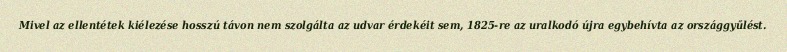
Mivel az ellentétek kiélezése hosszú távon nem szolgálta az udvar érdekéit sem, 1825-re az uralkodó újra egybehívta az országgyűlést.